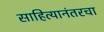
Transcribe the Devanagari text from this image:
साहित्यानंतरचा